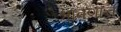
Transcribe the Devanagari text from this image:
श्रावणाचं